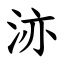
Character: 洂